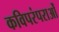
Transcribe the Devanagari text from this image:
कविपरंपराओं